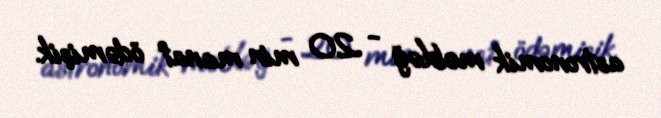
astronomik məbləğ - 20 min manat ödəmişik.